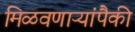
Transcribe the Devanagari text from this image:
मिळवणाऱ्यांपैकी